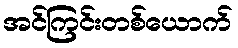
အင်ကြင်းတစ်ယောက်